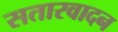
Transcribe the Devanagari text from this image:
सतारवादन